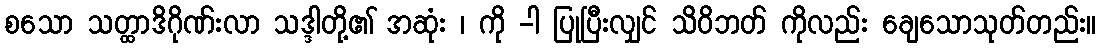
စသော သတ္ထာဒိဂိုဏ်းလာ သဒ္ဒါတို့၏ အဆုံး ၊ ကို -ါ ပြုပြီးလျှင် သိဝိဘတ် ကိုလည်း ချေသောသုတ်တည်း။